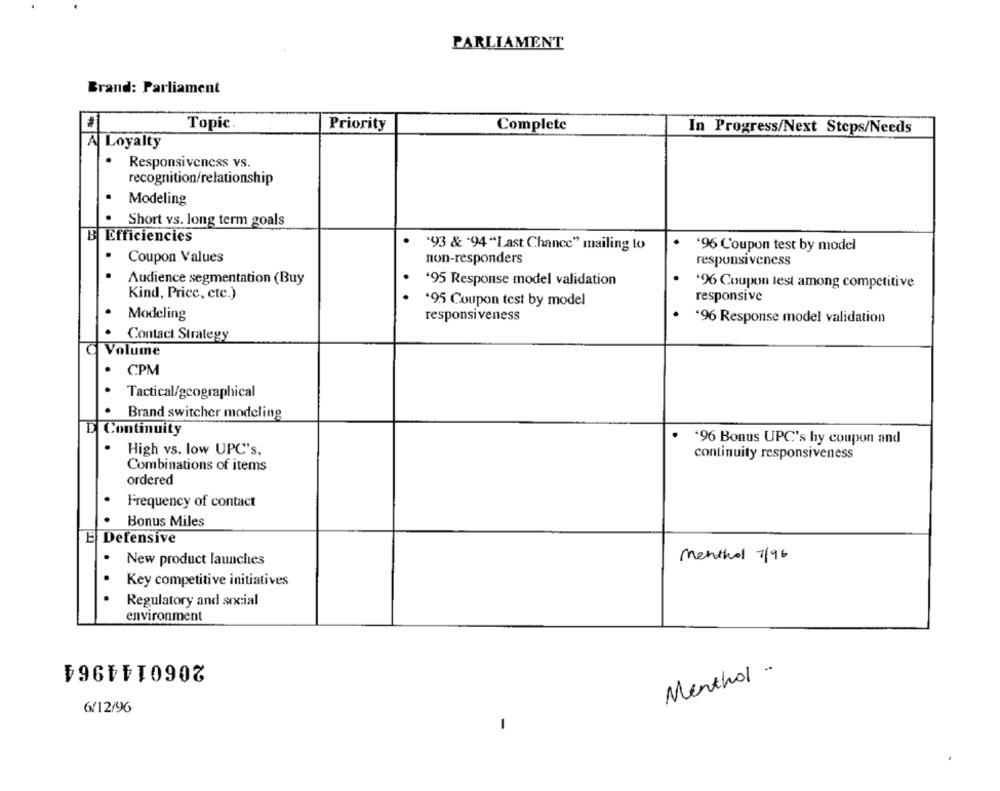
PARLIAMENT
Brand: Parliament
#
Topic.
Priority
Complete
In Progress/Next Steps/Needs
A| Loyalty
Responsiveness vs.
recognition/relationship
Modeling
Short vs. long term goals
Efficiencies
'93 & "94 "Last Chance" mailing to
'96 Coupon test by model
Coupon Values
non-responders
responsiveness
Audience segmentation (Buy
'95 Response model validation
*96 Coupon lest among competitive
Kind, Price, etc.)
'95 Coupon test by model
responsive
Modeling
responsiveness
'96 Response model validation
Contact Strategy
Volume
CPM
Tactical/geographical
Brand switcher modeling
Continuity
'96 Bonus UPC's by coupon and
High vs. low UPC's,
continuity responsiveness
Combinations of items
ordered
Frequency of contact
Bonus Miles
E Defensive
.
New product launches
Menthol 7/96
Key competitive initiatives
Regulatory and social
environment
2060144964
Menthol -
6/12/96